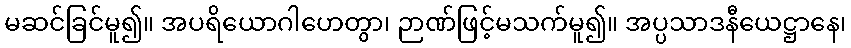
မဆင်ခြင်မူ၍။ အပရိယောဂါဟေတွာ၊ ဉာဏ်ဖြင့်မသက်မူ၍။ အပ္ပသာဒနီယေဋ္ဌာနေ၊